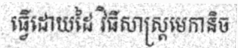
ធ្វើដោយដៃ វិធីសាស្ត្រមេកានិច